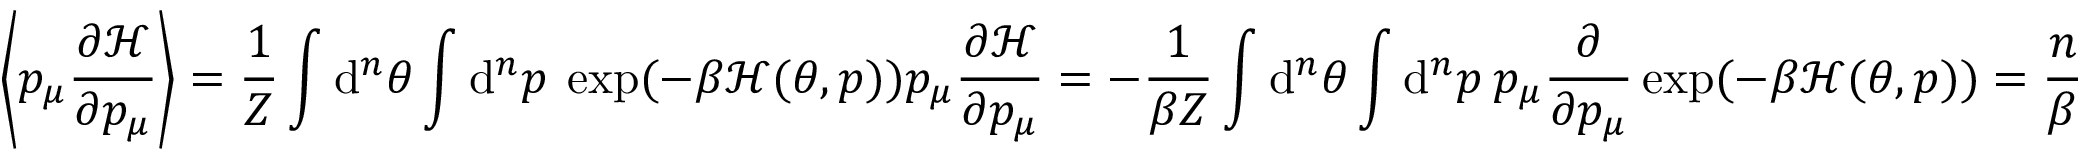
\left\langle p _ { \mu } \frac { \partial \mathcal { H } } { \partial p _ { \mu } } \right\rangle = \frac { 1 } { Z } \int \mathrm { d } ^ { n } \theta \int \mathrm { d } ^ { n } p \: \exp ( - \beta \mathcal { H } ( \theta , p ) ) p _ { \mu } \frac { \partial \mathcal { H } } { \partial p _ { \mu } } = - \frac { 1 } { \beta Z } \int \mathrm { d } ^ { n } \theta \int \mathrm { d } ^ { n } p \: p _ { \mu } \frac { \partial } { \partial p _ { \mu } } \exp ( - \beta \mathcal { H } ( \theta , p ) ) = \frac { n } { \beta }